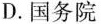
D.国务院